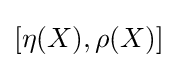
{\textstyle [\eta (X),\rho (X)]}